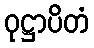
ဝုဋ္ဌာပိတံ